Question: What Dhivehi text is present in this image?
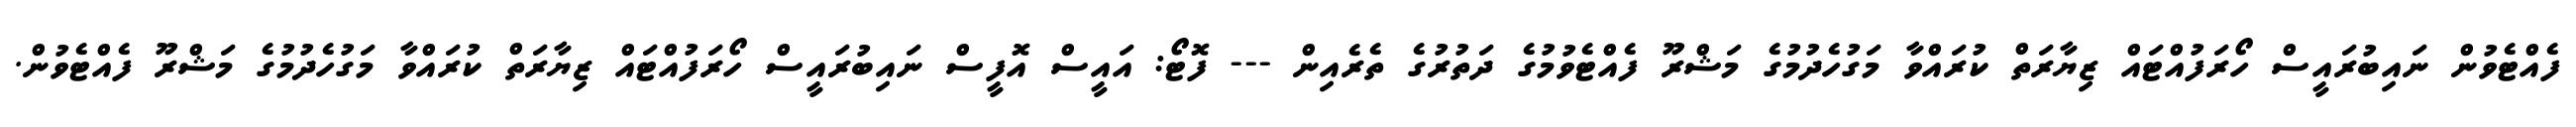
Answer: ފެއްޓެވުން ނައިބުރައީސް ހޯރަފުއްޓައް ޒިޔާރަތް ކުރައްވާ މަގުހެދުމުގެ މަޝްރޫ ފެއްޓެވުމުގެ ދަތުރުގެ ތެރެއިން --- ފޮޓޯ: އައީސް އޮފީސް ނައިބުރައީސް ހޯރަފުއްޓައް ޒިޔާރަތް ކުރައްވާ މަގުހެދުމުގެ މަޝްރޫ ފެއްޓެވުން.